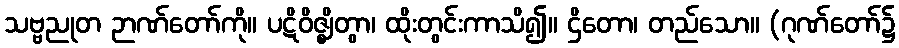
သဗ္ဗညုတ ဉာဏ်တော်ကို။ ပဋိဝိဇ္ဈိတွာ၊ ထိုးတွင်းကာသိ၍။ ဌိတော၊ တည်သော။ (ဂုဏ်တော်၌